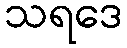
သရဒေ